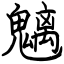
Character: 魑